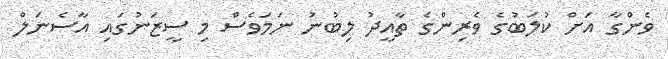
ވެންގާ އަށް ކުލަބުގެ ވެރިންގެ ތާއީދު ލިބުނު ނަމަވެސް މި ސީޒަނުގައި އާސެނަލް